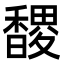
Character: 𮩬